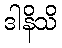
ဒါနိသိ